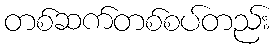
တစ်ဆက်တစ်စပ်တည်း